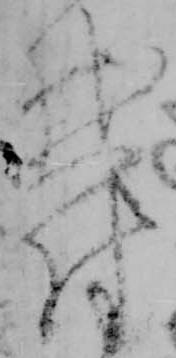
鬱